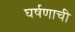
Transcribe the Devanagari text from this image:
घर्षणाची